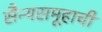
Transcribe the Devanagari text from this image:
सैन्यसमूहाची